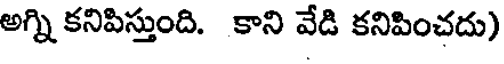
అగ్ని కనిపిస్తుంది. కాని వేడి కనిపించదు)